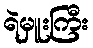
ရဲမှူးကြီး